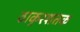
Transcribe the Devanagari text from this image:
ठाकुरशतक